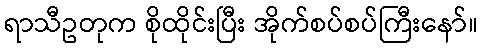
ရာသီဥတုက စိုထိုင်းပြီး အိုက်စပ်စပ်ကြီးနော်။